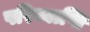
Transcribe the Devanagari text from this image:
परिव्याप्ति